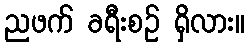
ညဖက် ခရီးစဉ် ရှိလား။